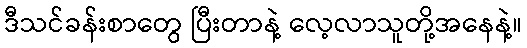
ဒီသင်ခန်းစာတွေ ပြီးတာနဲ့ လေ့လာသူတို့အနေနဲ့။